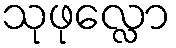
သုဖုလ္လော